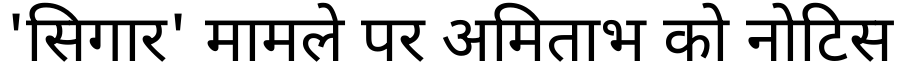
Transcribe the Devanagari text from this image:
'सिगार' मामले पर अमिताभ को नोटिस